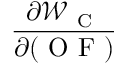
\frac { \partial \mathcal { W } _ { \mathrm { ~ C ~ } } } { \partial ( \mathrm { ~ O ~ F ~ } ) }